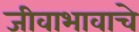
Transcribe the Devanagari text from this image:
जीवाभावाचे